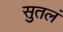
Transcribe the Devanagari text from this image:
सुतलं